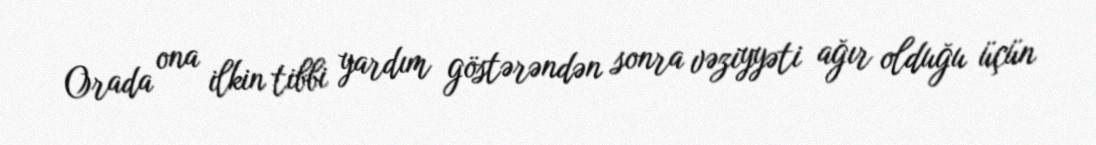
Orada ona ilkin tibbi yardım göstərəndən sonra vəziyyəti ağır olduğu üçün